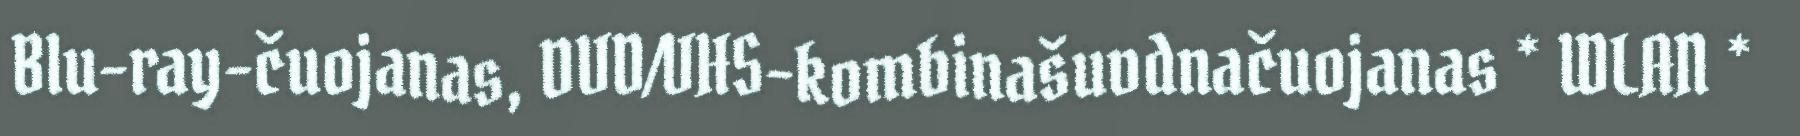
Blu-ray-čuojanas, DVD/VHS-kombinašuvdnačuojanas * WLAN *